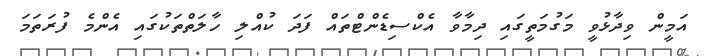
އަމީން ވިދާޅުވީ މަގުމަތީގައި ދިމާވާ އެކްސިޑެންޓްތައް ފަދަ ކުއްލި ހާލަތްތަކުގައި އެންމެ ފުރަތަމަ